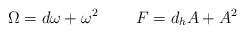
LaTeX: \begin{align*} \Omega = d\omega + \omega^{2} \ \ \ \ \ \ \ F = d_{h}A + A^{2}\end{align*}